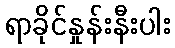
ရာခိုင်နှုန်းနီးပါး